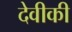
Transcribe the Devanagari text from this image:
देवीकी